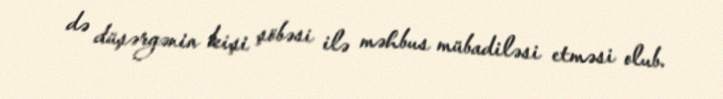
də düşərgənin kişi şöbəsi ilə məhbus mübadiləsi etməsi olub.